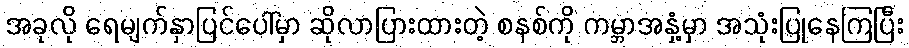
အခုလို ရေမျက်နှာပြင်ပေါ်မှာ ဆိုလာပြားထားတဲ့ စနစ်ကို ကမ္ဘာအနှံ့မှာ အသုံးပြုနေကြပြီး